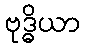
ဗုဒ္ဓိယာ